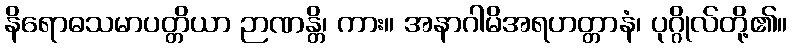
နိရောဓသမာပတ္တိယာ ဉာဏန္တိ၊ ကား။ အနာဂါမိအရဟတ္တာနံ၊ ပုဂ္ဂိုလ်တို့၏။